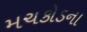
મચકોડના